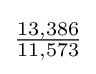
{\tfrac {13,386}{11,573}}